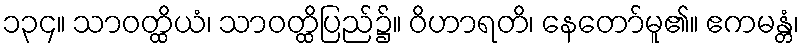
၁၃၄။ သာဝတ္ထိယံ၊ သာဝတ္ထိပြည်၌။ ဝိဟာရတိ၊ နေတော်မူ၏။ ဧကမန္တံ၊